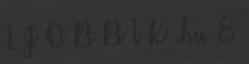
1 J O B B I K .hu 8